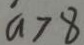
a > 8